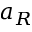
a _ { R }